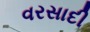
વરસાદી